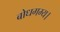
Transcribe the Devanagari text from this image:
बोधगम्य।